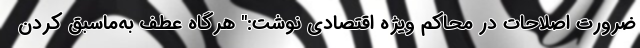
ضرورت اصلاحات در محاکم ویژه اقتصادی نوشت:" هرگاه عطف به‌ماسبق کردن